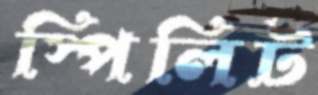
স্পিলিট